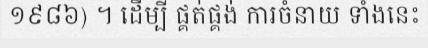
១៩៨៦) ។ ដើម្បី ផ្គត់ផ្គង់ ការចំនាយ ទាំងនេះ